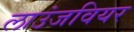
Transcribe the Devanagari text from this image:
लाउंजवियर